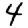
Digit: 4